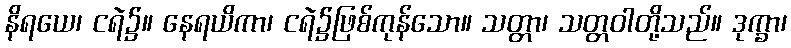
နိရယေ၊ ငရဲ၌။ နေရယိကာ၊ ငရဲ၌ဖြစ်ကုန်သော။ သတ္တာ၊ သတ္တဝါတို့သည်။ ဒုက္ခာ၊